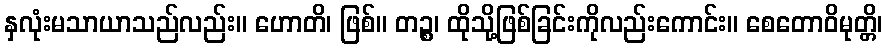
နှလုံးမသာယာသည်လည်း။ ဟောတိ၊ ဖြစ်။ တဉ္စ၊ ထိုသို့ဖြစ်ခြင်းကိုလည်းကောင်း။ စေတောဝိမုတ္တိ၊